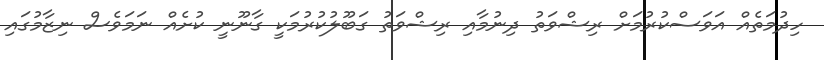
ހިދުމަތެއް އަވަސްކުރުމަށް ރިޝްވަތު ދިނުމާއި ރިޝްވަތު ގަބޫލުކުރުމަކީ ގާނޫނީ ކުށެއް ނަމަވެސް ނިޒާމުގައި